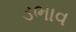
ડભાવ